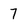
Character: 7